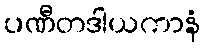
ပဏီတဒါယကာနံ